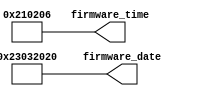
// Build ID Verilog Module
//
// Time:             210206

module firmware_gold_rev
(
   output [31:0]  firmware_date,
   output [31:0]  firmware_time
);

   assign firmware_date = 32'h23032020;
   assign firmware_time = 32'h210206;

endmodule